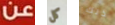
عن كل ذلك